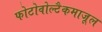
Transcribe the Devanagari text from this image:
फोटोवोल्टैकमाजूल